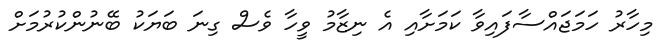
މިހާރު ހަމަޖައްސާފައިވާ ކަމަށާއި އެ ނިޒާމު ވީހާ ވެސް ގިނަ ބަޔަކު ބޭނުންކުރުމަށް